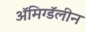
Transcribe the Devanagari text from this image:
ॲमिग्डॅलीन